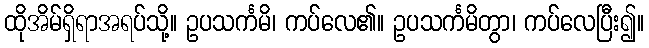
ထိုအိမ်ရှိရာအရပ်သို့။ ဥပသင်္ကမိ၊ ကပ်လေ၏။ ဥပသင်္ကမိတွာ၊ ကပ်လေပြီး၍။